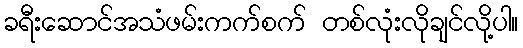
ခရီးဆောင်အသံဖမ်းကက်စက် တစ်လုံးလိုချင်လို့ပါ။